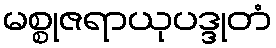
မစ္စုဇရာယုပဒ္ဒုတံ